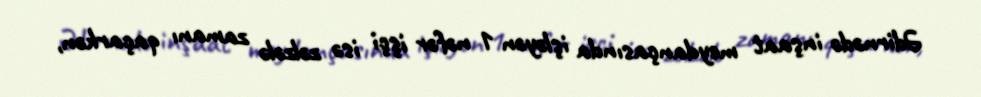
Ədirnədə inşaat meydançasında işləyən 1 nəfər işçi isə zəlzələ zamanı qaçarkən,